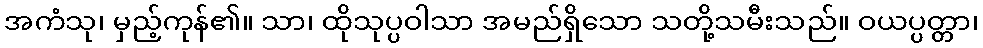
အကံသု၊ မှည့်ကုန်၏။ သာ၊ ထိုသုပ္ပဝါသာ အမည်ရှိသော သတို့သမီးသည်။ ဝယပ္ပတ္တာ၊